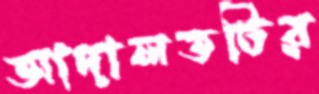
আদালতটির